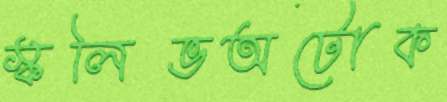
স্কলিভঅটোক